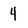
Character: 4